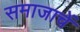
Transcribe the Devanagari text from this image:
समाजाचें